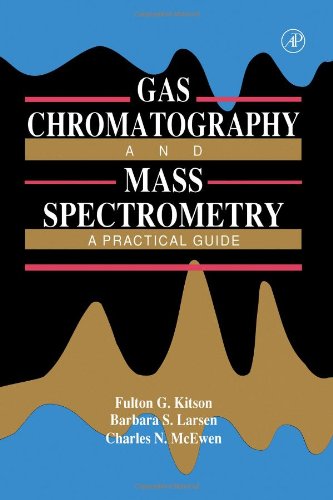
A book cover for Gas Chromatography and Mass Spectrometry: A Practical Guide; Fulton G. Kitson; Science & Math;